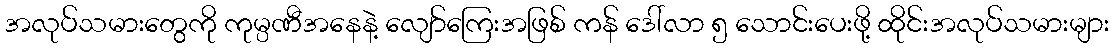
အလုပ်သမားတွေကို ကုမ္ပဏီအနေနဲ့ လျော်ကြေးအဖြစ် ကန် ဒေါ်လာ ၅ သောင်းပေးဖို့ ထိုင်းအလုပ်သမားများ